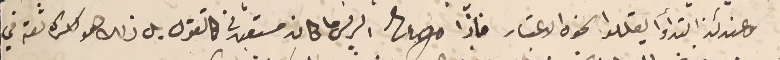
وعندئذ ابتدأوا يقللوا نحوه الاعتبار فاذا Mrgo الريس ما كان مستعبرنى كالقول بل ذلك هو كثرة ثقه في